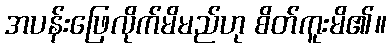
အပန်းဖြေလိုက်မိမည်ဟု စိတ်ကူးမိ၏။